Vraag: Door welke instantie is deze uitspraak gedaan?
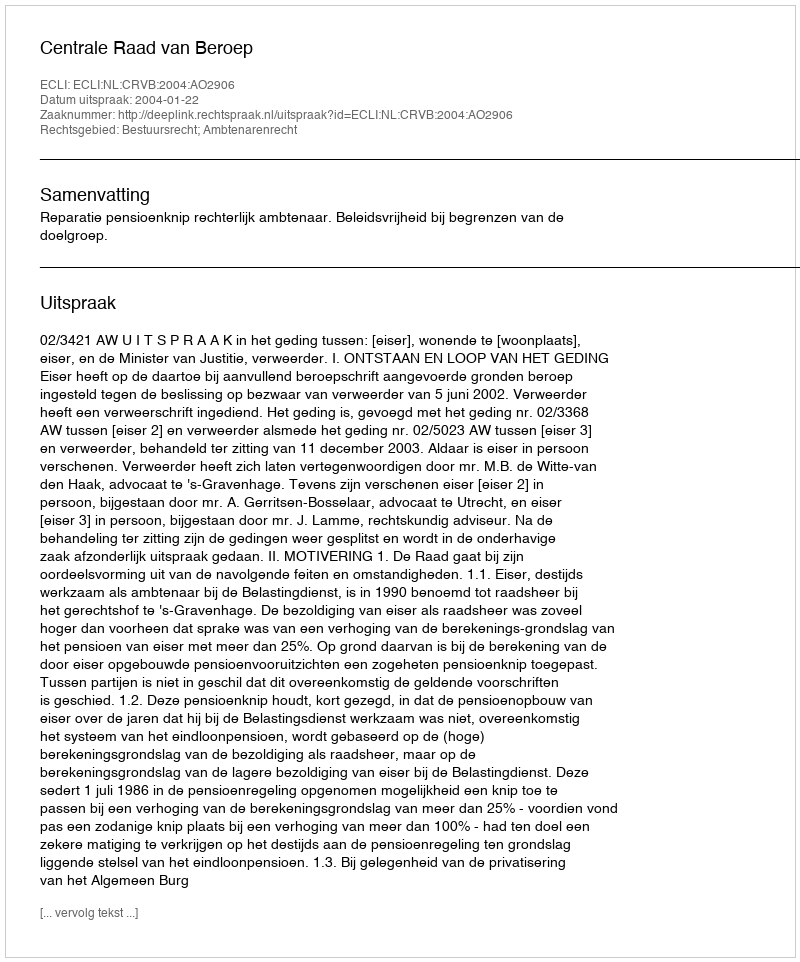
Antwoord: Centrale Raad van Beroep